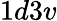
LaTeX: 1d3v